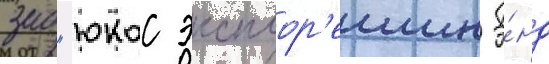
зао "юкос эксплор'еишн э́нд